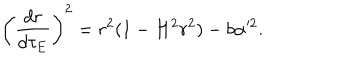
\left( \frac { d r } { d \tau _ { E } } \right) ^ { 2 } = r ^ { 2 } ( 1 - H ^ { 2 } r ^ { 2 } ) - b \alpha ^ { 2 } .